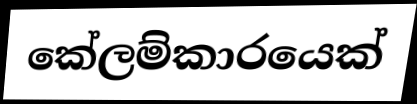
කේලම්කාරයෙක්